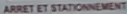
ARRET ET STATIONNEMENT